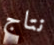
نتاج